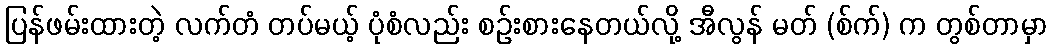
ပြန်ဖမ်းထားတဲ့ လက်တံ တပ်မယ့် ပုံစံလည်း စဉ်းစားနေတယ်လို့ အီလွန် မတ် (စ်က်) က တွစ်တာမှာ